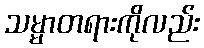
သမ္မာတရားကိုလည်း